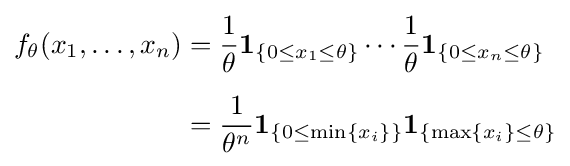
{\begin{aligned}f_{\theta }(x_{1},\ldots ,x_{n})&={\frac {1}{\theta }}\mathbf {1} _{\{0\leq x_{1}\leq \theta \}}\cdots {\frac {1}{\theta }}\mathbf {1} _{\{0\leq x_{n}\leq \theta \}}\\[5pt]&={\frac {1}{\theta ^{n}}}\mathbf {1} _{\{0\leq \min\{x_{i}\}\}}\mathbf {1} _{\{\max\{x_{i}\}\leq \theta \}}\end{aligned}}